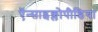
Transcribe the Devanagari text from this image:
ऍन्साइक्लोपीडिया